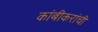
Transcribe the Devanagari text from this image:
कांबीकरांची